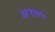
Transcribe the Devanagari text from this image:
अ९७५